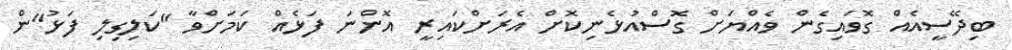
ބިދޭސީއެއް ގޮވައިގެން ވެއްޔަށް ގޮސްއުޅެނިކޮށް އެރަށްކައިރީ އޮންނަ ފަޅެއް ކަމަށްވާ "ކަލިގިލި ފަޅު"ން